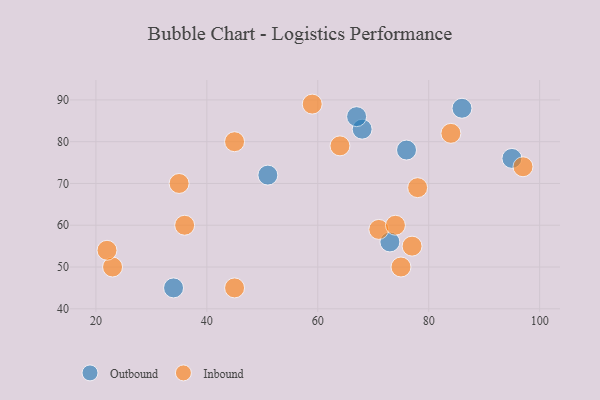
{"axis": {"x": "GDP", "y": "Life Expectancy"}, "legend": ["Inbound", "Outbound"], "data": [{"x": "76", "y": 78, "type": "Outbound"}, {"x": "34", "y": 45, "type": "Outbound"}, {"x": "86", "y": 88, "type": "Outbound"}, {"x": "51", "y": 72, "type": "Outbound"}, {"x": "95", "y": 76, "type": "Outbound"}, {"x": "68", "y": 83, "type": "Outbound"}, {"x": "73", "y": 56, "type": "Outbound"}, {"x": "67", "y": 86, "type": "Outbound"}, {"x": "59", "y": 89, "type": "Inbound"}, {"x": "77", "y": 55, "type": "Inbound"}, {"x": "78", "y": 69, "type": "Inbound"}, {"x": "71", "y": 59, "type": "Inbound"}, {"x": "45", "y": 45, "type": "Inbound"}, {"x": "75", "y": 50, "type": "Inbound"}, {"x": "64", "y": 79, "type": "Inbound"}, {"x": "35", "y": 70, "type": "Inbound"}, {"x": "45", "y": 80, "type": "Inbound"}, {"x": "36", "y": 60, "type": "Inbound"}, {"x": "84", "y": 82, "type": "Inbound"}, {"x": "74", "y": 60, "type": "Inbound"}, {"x": "23", "y": 50, "type": "Inbound"}, {"x": "97", "y": 74, "type": "Inbound"}, {"x": "22", "y": 54, "type": "Inbound"}]}